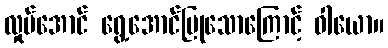
လှုပ်အောင် ရွေ့အောင်ပြုသောကြောင့် ဝါယော။